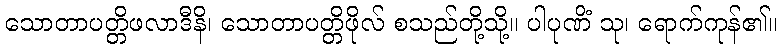
သောတာပတ္တိဖလာဒီနိ၊ သောတာပတ္တိဖိုလ် စသည်တို့သို့။ ပါပုဏိံ သု၊ ရောက်ကုန်၏။